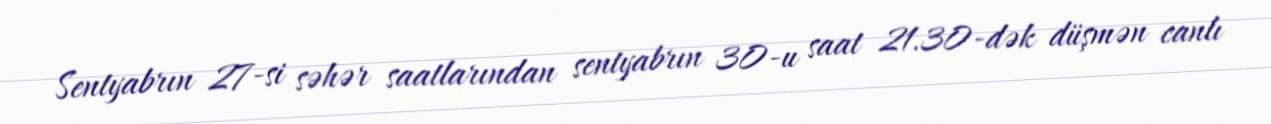
Sentyabrın 27-si səhər saatlarından sentyabrın 30-u saat 21.30-dək düşmən canlı